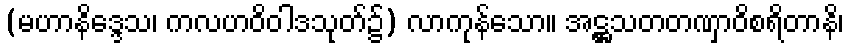
(မဟာနိဒ္ဒေသ၊ ကလဟဝိဝါဒသုတ်၌) လာကုန်သော။ အဋ္ဌသတတဏှာဝိစရိတာနိ၊